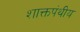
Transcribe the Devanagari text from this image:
शाक्तपंथीय